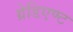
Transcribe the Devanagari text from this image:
ग्रेडिएण्ट